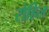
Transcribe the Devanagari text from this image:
रोहिल